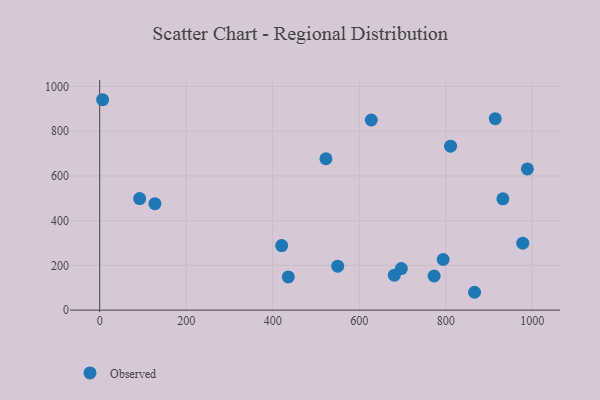
{"axis": {"x": "Investment", "y": "Rating"}, "legend": ["Observed"], "data": [{"x": "92.4", "y": 498.8, "type": "Observed"}, {"x": "811.2", "y": 733.3, "type": "Observed"}, {"x": "420.7", "y": 288.4, "type": "Observed"}, {"x": "794.1", "y": 226.2, "type": "Observed"}, {"x": "988.8", "y": 631.3, "type": "Observed"}, {"x": "6.8", "y": 941.0, "type": "Observed"}, {"x": "978.1", "y": 299.5, "type": "Observed"}, {"x": "550.3", "y": 196.4, "type": "Observed"}, {"x": "773.2", "y": 152.5, "type": "Observed"}, {"x": "681.2", "y": 156.0, "type": "Observed"}, {"x": "523.1", "y": 676.9, "type": "Observed"}, {"x": "866.7", "y": 79.7, "type": "Observed"}, {"x": "627.9", "y": 850.3, "type": "Observed"}, {"x": "127.7", "y": 476.0, "type": "Observed"}, {"x": "932.2", "y": 497.8, "type": "Observed"}, {"x": "697.4", "y": 185.5, "type": "Observed"}, {"x": "914.5", "y": 856.3, "type": "Observed"}, {"x": "436.0", "y": 148.4, "type": "Observed"}]}